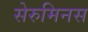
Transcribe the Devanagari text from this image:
सेरुमिनस